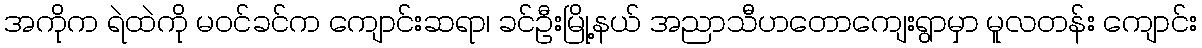
အကိုက ရဲထဲကို မဝင်ခင်က ကျောင်းဆရာ၊ ခင်ဦးမြို့နယ် အညာသီဟတောကျေးရွာမှာ မူလတန်း ကျောင်း